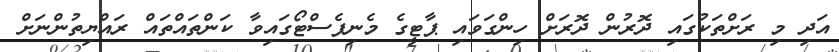
އަދި މި ރަށްތަކުގައި ދޮރުން ދޮރަށް ހިންގަވައި ޕާޓީގެ މެނިފެސްޓޯގައިވާ ކަންތައްތައް ރައްޔިތުންނަށް